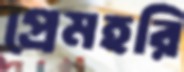
প্রেমহরি